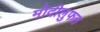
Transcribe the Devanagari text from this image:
मोदीलुफत